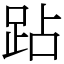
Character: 跕